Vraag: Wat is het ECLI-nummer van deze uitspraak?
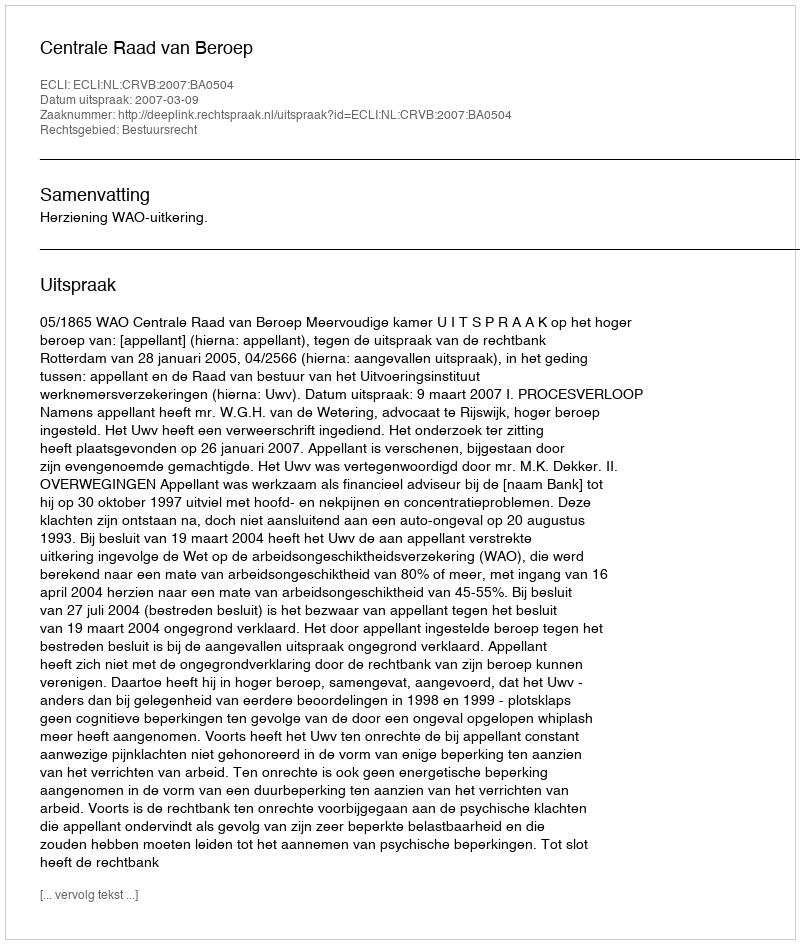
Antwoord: ECLI:NL:CRVB:2007:BA0504